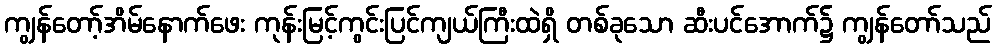
ကျွန်တော့်အိမ်နောက်ဖေး ကုန်းမြင့်ကွင်းပြင်ကျယ်ကြီးထဲရှိ တစ်ခုသော ဆီးပင်အောက်၌ ကျွန်တော်သည်